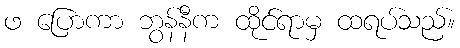
ဖ ပြောကာ ဘွန်နီက ထိုင်ရာမှ ထရပ်သည်။